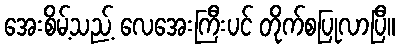
အေးစိမ့်သည့် လေအေးကြီးပင် တိုက်စပြုလာပြီ။